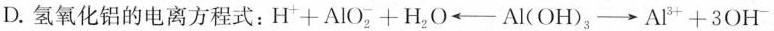
D.氢氧化铝的电离方程式：$$H ^ { + } + AlO _ { 2 } ^ { - } + H _ { 2 } O \longleftarrow Al(OH) _ { 3 } \longrightarrow Al ^ { 3 + } + 3OH ^ { - }$$